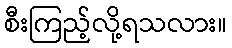
စီးကြည့်လို့ရသလား။